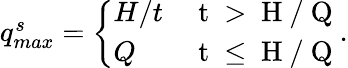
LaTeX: \begin{array}{r}{q_{max}^{s}=\left\{ \begin{array}{ll}{H/t}&{\mathrm{~t~>~H~/~Q~}}\\ {Q}&{\mathrm{~t~\leq~H~/~Q~}}\end{array}\right..}\end{array}